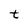
Character: t